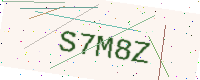
Text: S7M8Z